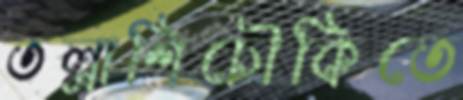
তল্লাশিচৌকিতে